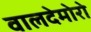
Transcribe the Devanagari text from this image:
वालदेमोरो